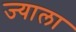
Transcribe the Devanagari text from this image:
ज्‍याला